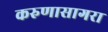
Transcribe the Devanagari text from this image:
करुणासागरा